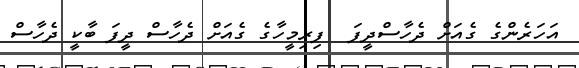
އަހަރެންގެ ގެއަށް ދެހާސްދީފަ  ފިރިމީހާގެ ގެއަށް ދެހާސް ދީފަ ބާކީ ދެހާސް